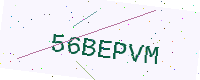
Text: 56BEPVM